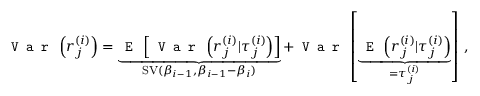
\texttt { V a r } \left( r _ { j } ^ { ( i ) } \right) = \underbrace { \texttt { E } \left[ \texttt { V a r } \left( r _ { j } ^ { ( i ) } | \tau _ { j } ^ { ( i ) } \right) \right] } _ { \operatorname { S V } ( \beta _ { i - 1 } , \beta _ { i - 1 } - \beta _ { i } ) } + \texttt { V a r } \left[ \underbrace { \texttt { E } \left( r _ { j } ^ { ( i ) } | \tau _ { j } ^ { ( i ) } \right) } _ { = \tau _ { j } ^ { ( i ) } } \right] \, ,